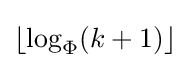
\lfloor \log _{\Phi }(k+1)\rfloor